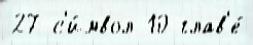
27 с'и́мвол 10 глав'е́